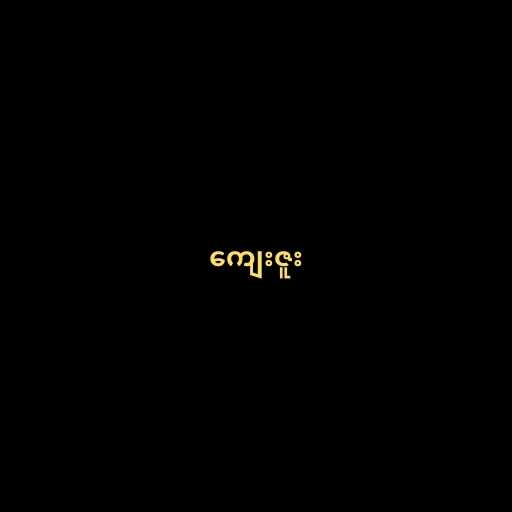
ကျေးဇူး